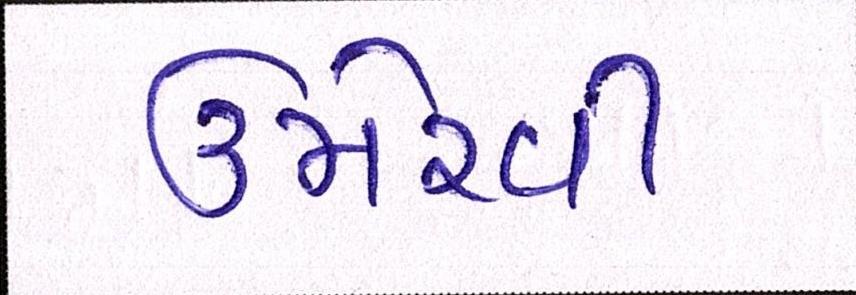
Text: ઉમેરવી